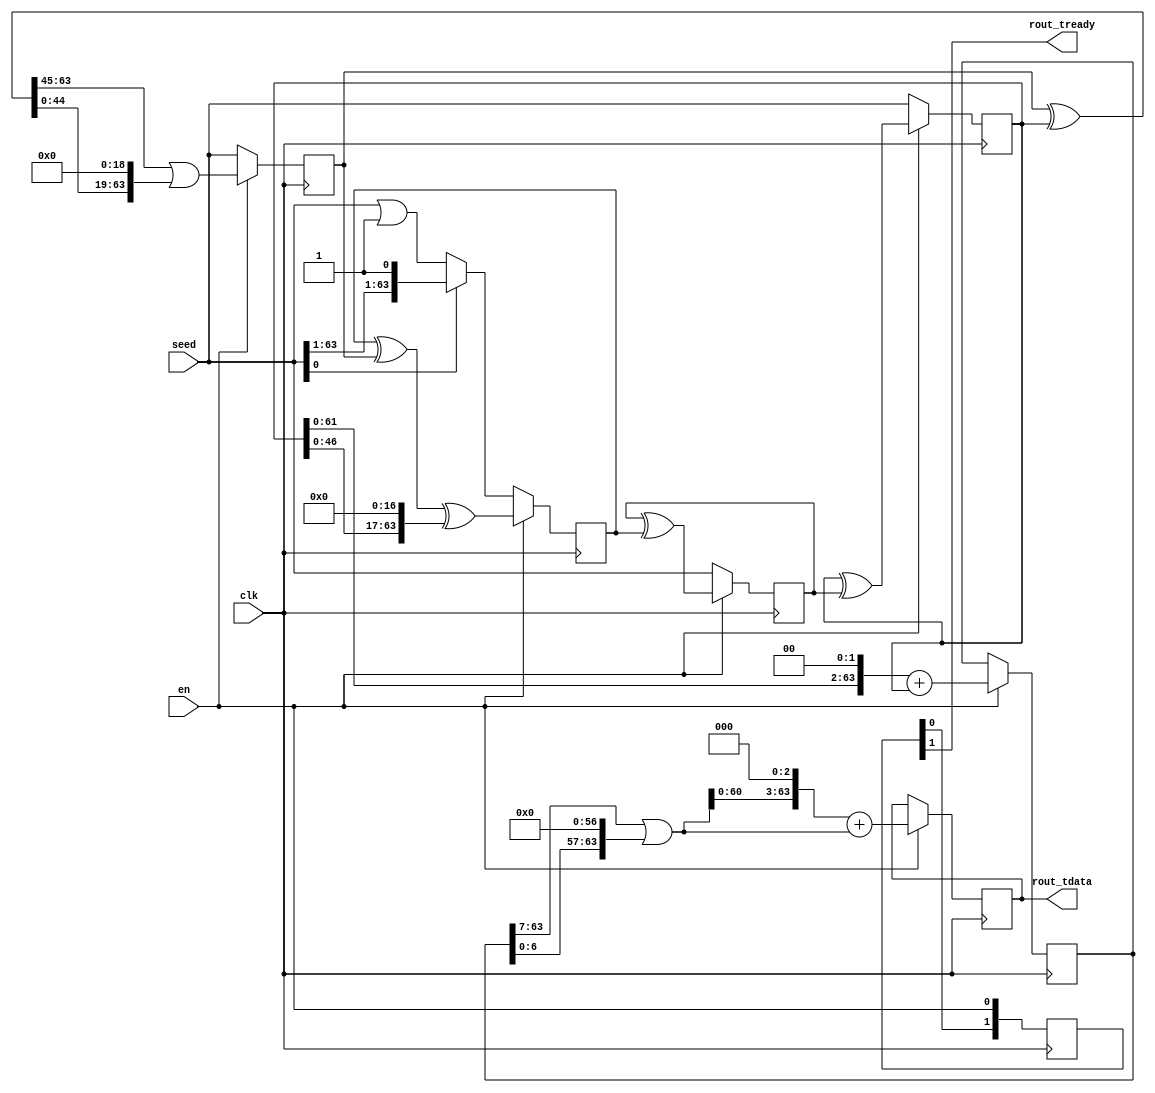
/*
 * SPDX-FileCopyrightText:  Copyright (C) 2024, Max Hahn
 * SPDX-License-Identifier: CERN-OHL-S-2.0
 *
 * This source describes Open Hardware and is licensed under the CERN-OHL-S v2.
 * You may redistribute and modify this source and make products using it under
 * the terms of the CERN-OHL-S v2 (https://ohwr.org/cern_ohl_s_v2.txt).
 *
 * This source is distributed WITHOUT ANY EXPRESS OR IMPLIED WARRANTY, INCLUDING
 * OF MERCHANTABILITY, SATISFACTORY QUALITY AND FITNESS FOR A PARTICULAR PURPOSE.
 * Please see the CERN-OHL-S v2 for applicable conditions.
 *
 * Source location: https://github.com/Mixih/NAIL
 *
 * As per CERN-OHL-S v2 section 4, should you produce hardware based on this
 * source, you must where practicable maintain the Source Location visible in
 * the documentation for the Product or other products you make using this
 * source.
 *
 * You should have recieved a copy of the CERN-OHL-S v2.0 license along with
 * this file. If you did not recieve a copy of the aforementioned license, you
 * may obtain a copy at https://ohwr.org/cern_ohl_s_v2.txt.
 */
`timescale 1ns / 1ps

/**
 * Xoshiro256** 64-bit pseudo-random number generator
 *
 * WARNING: THIS IS NOT A CRYPTOGRAPHICALLY SERCURE RNG. DO NOT USE FOR CRYPTO.
 *
 * This is a random number generator from the Xoshiro family of PRNGs, with a 256-bit
 * state space, and 64 bit output. It uses a LFSR architecture, with the mul operator used
 * to introduce non-linear randomness. Due to its extensive use of shift and xor
 * primitives, it is well suited for integer hardware implementation.
 *
 * Please note that the recommended seed algorithm by the xoshiro authors is SplitMix64.
 * However, we have found it to be a poor choice for FPGA implemention, due to the
 * presence of 64-bit multiplier. The current PRNG state seed algorithm is suboptimal and
 * may exhibit linearity artifacting. It does however gurantee that the generator will not
 * start up in the all zeros state, which is irrecoverable.
 *
 * See: https://prng.di.unimi.it/ for the original paper and specifications written by
 * Blackman and Vigna.
 */
module xoshiro256ss (
    input wire clk,
    input wire en,
    input wire [63:0] seed,
    output wire rout_tready,
    output wire [63:0] rout_tdata
);
    localparam LATENCY = 2;

    reg [63:0] state [0:3];
    reg [63:0] out;
    reg [63:0] omul5;
    reg [LATENCY - 1:0] ready_sr;

    assign rout_tready = ready_sr[LATENCY - 1];
    assign rout_tdata = out;

    wire [63:0] xors3 = state[3] ^ state[1];
    wire [63:0] rol_omul5 = (omul5 >> 7) | (omul5 << (64 - 7));

    always @(posedge clk) begin : state_update
        if (en) begin
            state[0] <= state[0] ^ state[3] ^ (state[1] << 17);
            state[1] <= state[1] ^ state[2];
            state[2] <= state[2] ^ state[0];
            state[3] <= (xors3 >> 45) | (xors3 << (64 - 45));
        end else begin
            // TODO: Improve seeding algorithm
            state[0] <= seed[0] == 0? seed | 64'b1 : seed;
            state[1] <= seed;
            state[2] <= seed;
            state[3] <= seed;
        end
    end

    always @(posedge clk) begin : compute_out_pipeline
        if (en) begin
            omul5 <= (state[1] << 2) + state[1];
            out <= (rol_omul5 << 3) + rol_omul5;
        end
    end

    always @(posedge clk) begin
        ready_sr <= {ready_sr[LATENCY - 2:0], en};
    end

endmodule